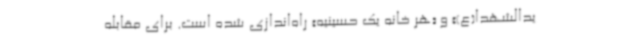
یدالشهدا(ع)» و «هر خانه یک حسینیه» راه‌اندازی شده است. برای مقابله